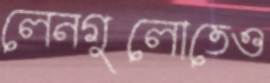
লেনগুলোতেও